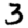
Digit: 3